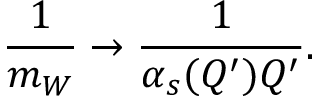
{ \frac { 1 } { m _ { W } } } \to { \frac { 1 } { \alpha _ { s } ( Q ^ { \prime } ) Q ^ { \prime } } } .